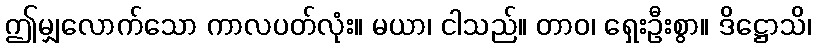
ဤမျှလောက်သော ကာလပတ်လုံး။ မယာ၊ ငါသည်။ တာဝ၊ ရှေးဦးစွာ။ ဒိဋ္ဌောသိ၊